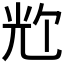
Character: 𪞀